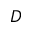
D